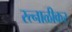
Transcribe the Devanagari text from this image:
रत्नाळीकर